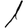
Digit: 1